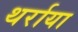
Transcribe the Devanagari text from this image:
थर्राया